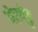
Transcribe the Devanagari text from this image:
येरपेडु